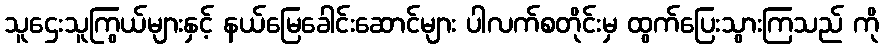
သူဌေးသူကြွယ်များနှင့် နယ်မြေခေါင်းဆောင်များ ပါလက်စတိုင်းမှ ထွက်ပြေးသွားကြသည် ကို